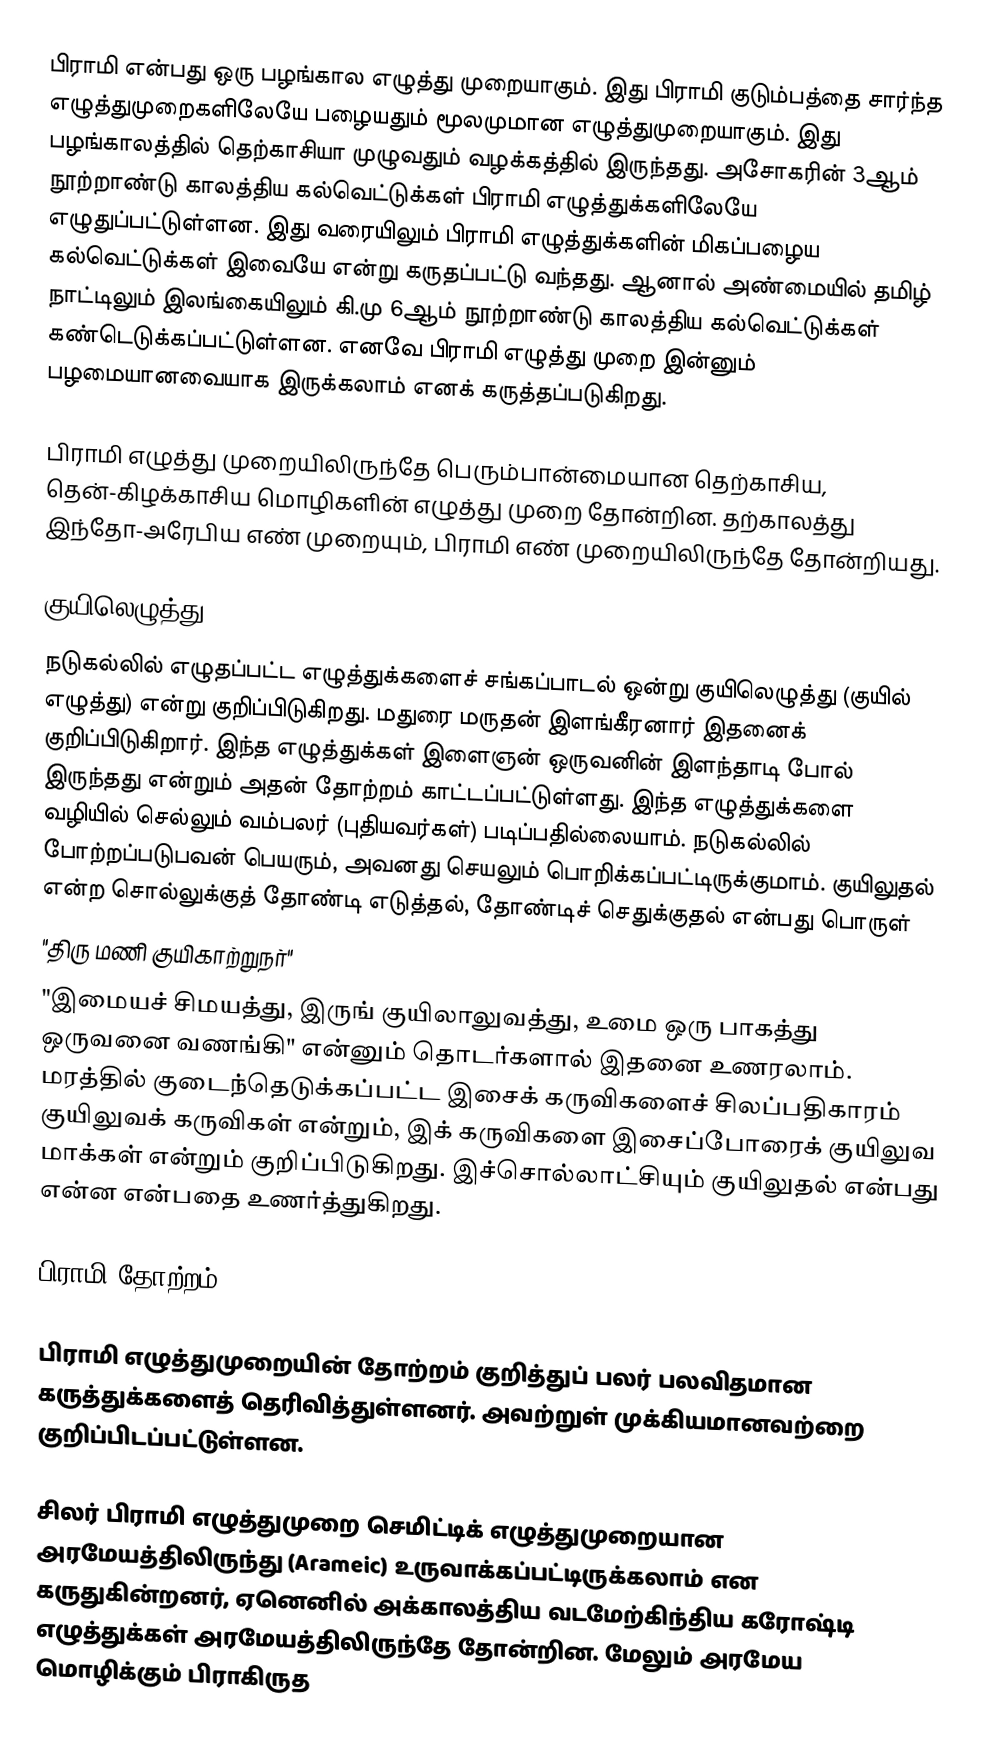
பிராமி என்பது ஒரு பழங்கால எழுத்து முறையாகும். இது பிராமி குடும்பத்தை சார்ந்த எழுத்துமுறைகளிலேயே பழையதும் மூலமுமான எழுத்துமுறையாகும். இது பழங்காலத்தில் தெற்காசியா முழுவதும் வழக்கத்தில் இருந்தது. அசோகரின் 3ஆம் நூற்றாண்டு காலத்திய கல்வெட்டுக்கள் பிராமி எழுத்துக்களிலேயே எழுதுப்பட்டுள்ளன. இது வரையிலும் பிராமி எழுத்துக்களின் மிகப்பழைய கல்வெட்டுக்கள் இவையே என்று கருதப்பட்டு வந்தது. ஆனால் அண்மையில் தமிழ் நாட்டிலும் இலங்கையிலும் கி.மு 6ஆம் நூற்றாண்டு காலத்திய கல்வெட்டுக்கள் கண்டெடுக்கப்பட்டுள்ளன. எனவே பிராமி எழுத்து முறை இன்னும் பழமையானவையாக இருக்கலாம் எனக் கருத்தப்படுகிறது.

பிராமி எழுத்து முறையிலிருந்தே பெரும்பான்மையான தெற்காசிய, தென்-கிழக்காசிய மொழிகளின் எழுத்து முறை தோன்றின. தற்காலத்து இந்தோ-அரேபிய எண் முறையும், பிராமி எண் முறையிலிருந்தே தோன்றியது.

குயிலெழுத்து
நடுகல்லில் எழுதப்பட்ட எழுத்துக்களைச் சங்கப்பாடல் ஒன்று குயிலெழுத்து (குயில் எழுத்து) என்று குறிப்பிடுகிறது.   மதுரை மருதன் இளங்கீரனார் இதனைக் குறிப்பிடுகிறார்.  இந்த எழுத்துக்கள் இளைஞன் ஒருவனின் இளந்தாடி போல் இருந்தது என்றும் அதன் தோற்றம் காட்டப்பட்டுள்ளது. இந்த எழுத்துக்களை வழியில் செல்லும் வம்பலர் (புதியவர்கள்) படிப்பதில்லையாம். நடுகல்லில் போற்றப்படுபவன் பெயரும், அவனது செயலும் பொறிக்கப்பட்டிருக்குமாம்.  குயிலுதல் என்ற சொல்லுக்குத் தோண்டி எடுத்தல், தோண்டிச் செதுக்குதல் என்பது பொருள்
"திரு மணி குயிகாற்றுநர்"
"இமையச் சிமயத்து, இருங் குயிலாலுவத்து, உமை ஒரு பாகத்து ஒருவனை வணங்கி"  என்னும் தொடர்களால் இதனை உணரலாம். மரத்தில் குடைந்தெடுக்கப்பட்ட இசைக் கருவிகளைச் சிலப்பதிகாரம் குயிலுவக் கருவிகள் என்றும், இக் கருவிகளை இசைப்போரைக் குயிலுவ மாக்கள் என்றும் குறிப்பிடுகிறது.   இச்சொல்லாட்சியும் குயிலுதல் என்பது என்ன என்பதை உணர்த்துகிறது.

பிராமி தோற்றம்

பிராமி எழுத்துமுறையின் தோற்றம் குறித்துப் பலர் பலவிதமான கருத்துக்களைத் தெரிவித்துள்ளனர். அவற்றுள் முக்கியமானவற்றை குறிப்பிடப்பட்டுள்ளன.

சிலர் பிராமி எழுத்துமுறை செமிட்டிக் எழுத்துமுறையான அரமேயத்திலிருந்து (Arameic) உருவாக்கப்பட்டிருக்கலாம் என கருதுகின்றனர், ஏனெனில் அக்காலத்திய வடமேற்கிந்திய கரோஷ்டி எழுத்துக்கள் அரமேயத்திலிருந்தே தோன்றின. மேலும் அரமேய மொழிக்கும் பிராகிருத